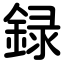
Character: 録